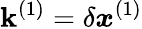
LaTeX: \boldsymbol{\mathbf{k}}^{(1)}=\delta\boldsymbol{x}^{(1)}